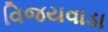
વિજયવાડા